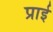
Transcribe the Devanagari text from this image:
प्राई